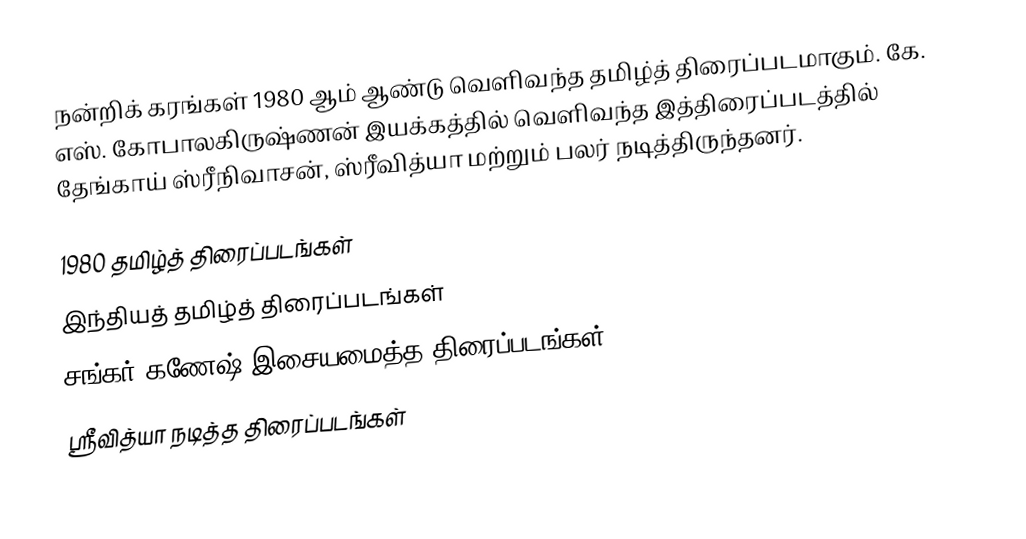
நன்றிக் கரங்கள் 1980 ஆம் ஆண்டு வெளிவந்த தமிழ்த் திரைப்படமாகும். கே. எஸ். கோபாலகிருஷ்ணன் இயக்கத்தில் வெளிவந்த இத்திரைப்படத்தில் தேங்காய் ஸ்ரீநிவாசன், ஸ்ரீவித்யா மற்றும் பலர் நடித்திருந்தனர்.

1980 தமிழ்த் திரைப்படங்கள்
இந்தியத் தமிழ்த் திரைப்படங்கள்
சங்கர் கணேஷ் இசையமைத்த திரைப்படங்கள்
ஸ்ரீவித்யா நடித்த திரைப்படங்கள்